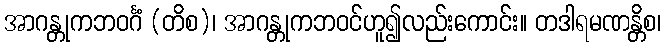
အာဂန္တုကဘဝင်္ဂံ (တိစ)၊ အာဂန္တုကဘဝင်ဟူ၍လည်းကောင်း။ တဒါရမဏန္တိစ၊